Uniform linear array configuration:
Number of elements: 16
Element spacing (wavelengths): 0.25
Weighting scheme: exponential
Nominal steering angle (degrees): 0
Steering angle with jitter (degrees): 1.004
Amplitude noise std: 0.05
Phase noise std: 0.05

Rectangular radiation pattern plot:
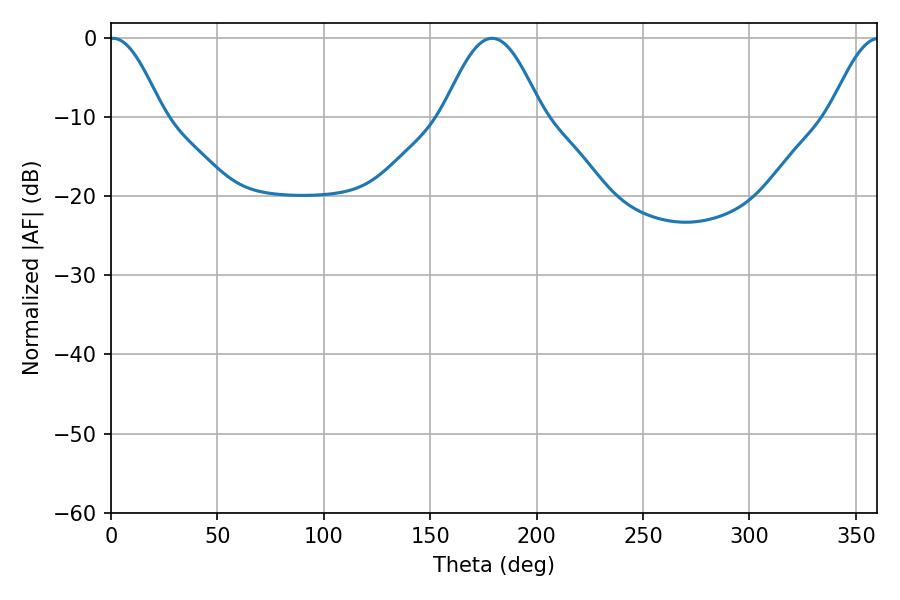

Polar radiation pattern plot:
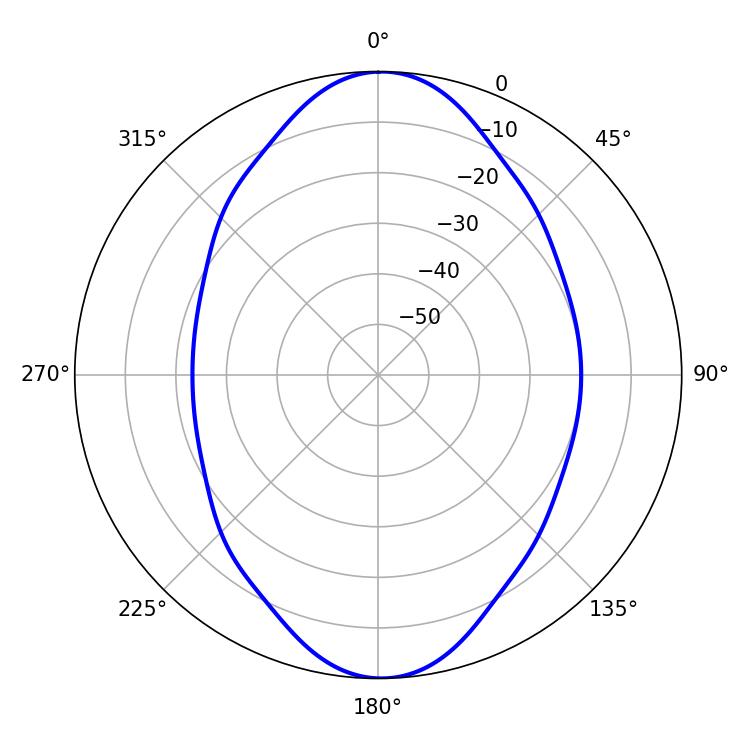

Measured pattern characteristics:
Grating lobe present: FALSE
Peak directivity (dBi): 19.776
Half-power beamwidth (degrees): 13.32
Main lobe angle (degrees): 0.9